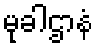
မုခါဌာနံ